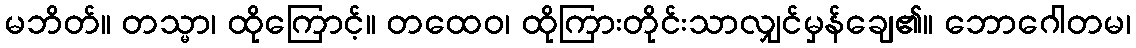
မဘိတ်။ တသ္မာ၊ ထိုကြောင့်။ တထေဝ၊ ထိုကြားတိုင်းသာလျှင်မှန်ချေ၏။ ဘောဂေါတမ၊